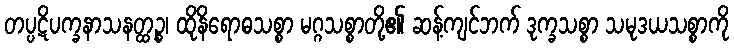
တပ္ပဋိပက္ခနာသနတ္ထဉ္စ၊ ထိုနိရောဓသစ္စာ မဂ္ဂသစ္စာတို့၏ ဆန့်ကျင်ဘက် ဒုက္ခသစ္စာ သမုဒယသစ္စာကို